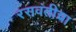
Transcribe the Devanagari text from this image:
रसवंतीचा